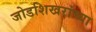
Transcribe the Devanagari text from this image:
जोडशिखरांच्या